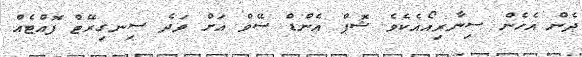
ދެން އެހެން ސިނާރިއޯއެކެވެ ޝޮޕް އެންޑް ސޭވް އަށް ވަދެ ސިނގިރޭޓް ފޮއްޓެއް